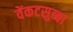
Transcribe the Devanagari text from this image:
वेंकटसुब्बा